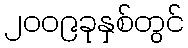
၂၀၀၉ခုနှစ်တွင်